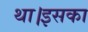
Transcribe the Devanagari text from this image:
था।इसका